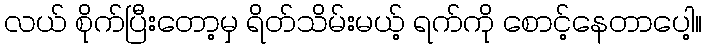
လယ် စိုက်ပြီးတော့မှ ရိတ်သိမ်းမယ့် ရက်ကို စောင့်နေတာပေါ့။